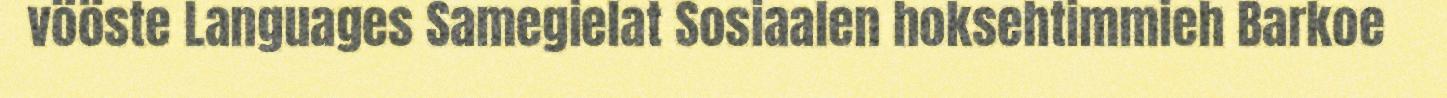
vööste Languages Samegielat Sosiaalen hoksehtimmieh Barkoe